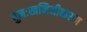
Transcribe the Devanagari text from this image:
पुनःखनिजीकरण